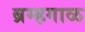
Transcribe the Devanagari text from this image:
ब्रम्हगाळ